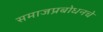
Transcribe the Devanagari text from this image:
समाजप्रबोधनचे